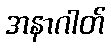
အနာဂါတ်